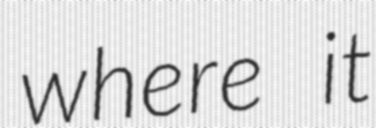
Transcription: where it